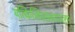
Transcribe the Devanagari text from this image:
यत्किञ्चित्सचराचरम्